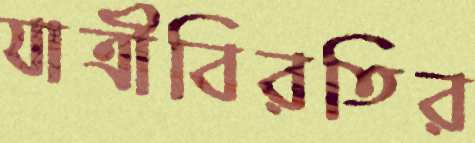
যাত্রীবিরতির